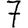
Digit: 7